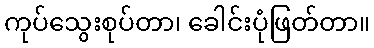
ကုပ်သွေးစုပ်တာ၊ ခေါင်းပုံဖြတ်တာ။